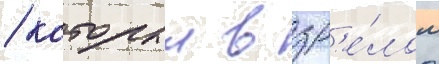
/ которыи в зр'е́лом